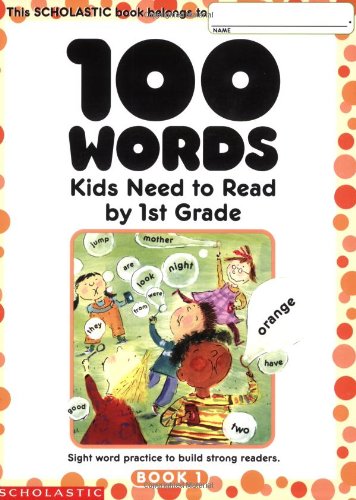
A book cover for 100 Words Kids Need to Read by 1st Grade: Sight Word Practice to Build Strong Readers; Test Preparation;